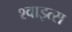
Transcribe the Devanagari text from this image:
श्वाइत्स